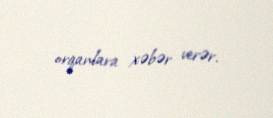
orqanlara xəbər verər.